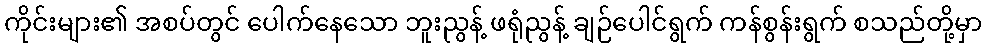
ကိုင်းများ၏ အစပ်တွင် ပေါက်နေသော ဘူးညွန့် ဖရုံညွန့် ချဉ်ပေါင်ရွက် ကန်စွန်းရွက် စသည်တို့မှာ